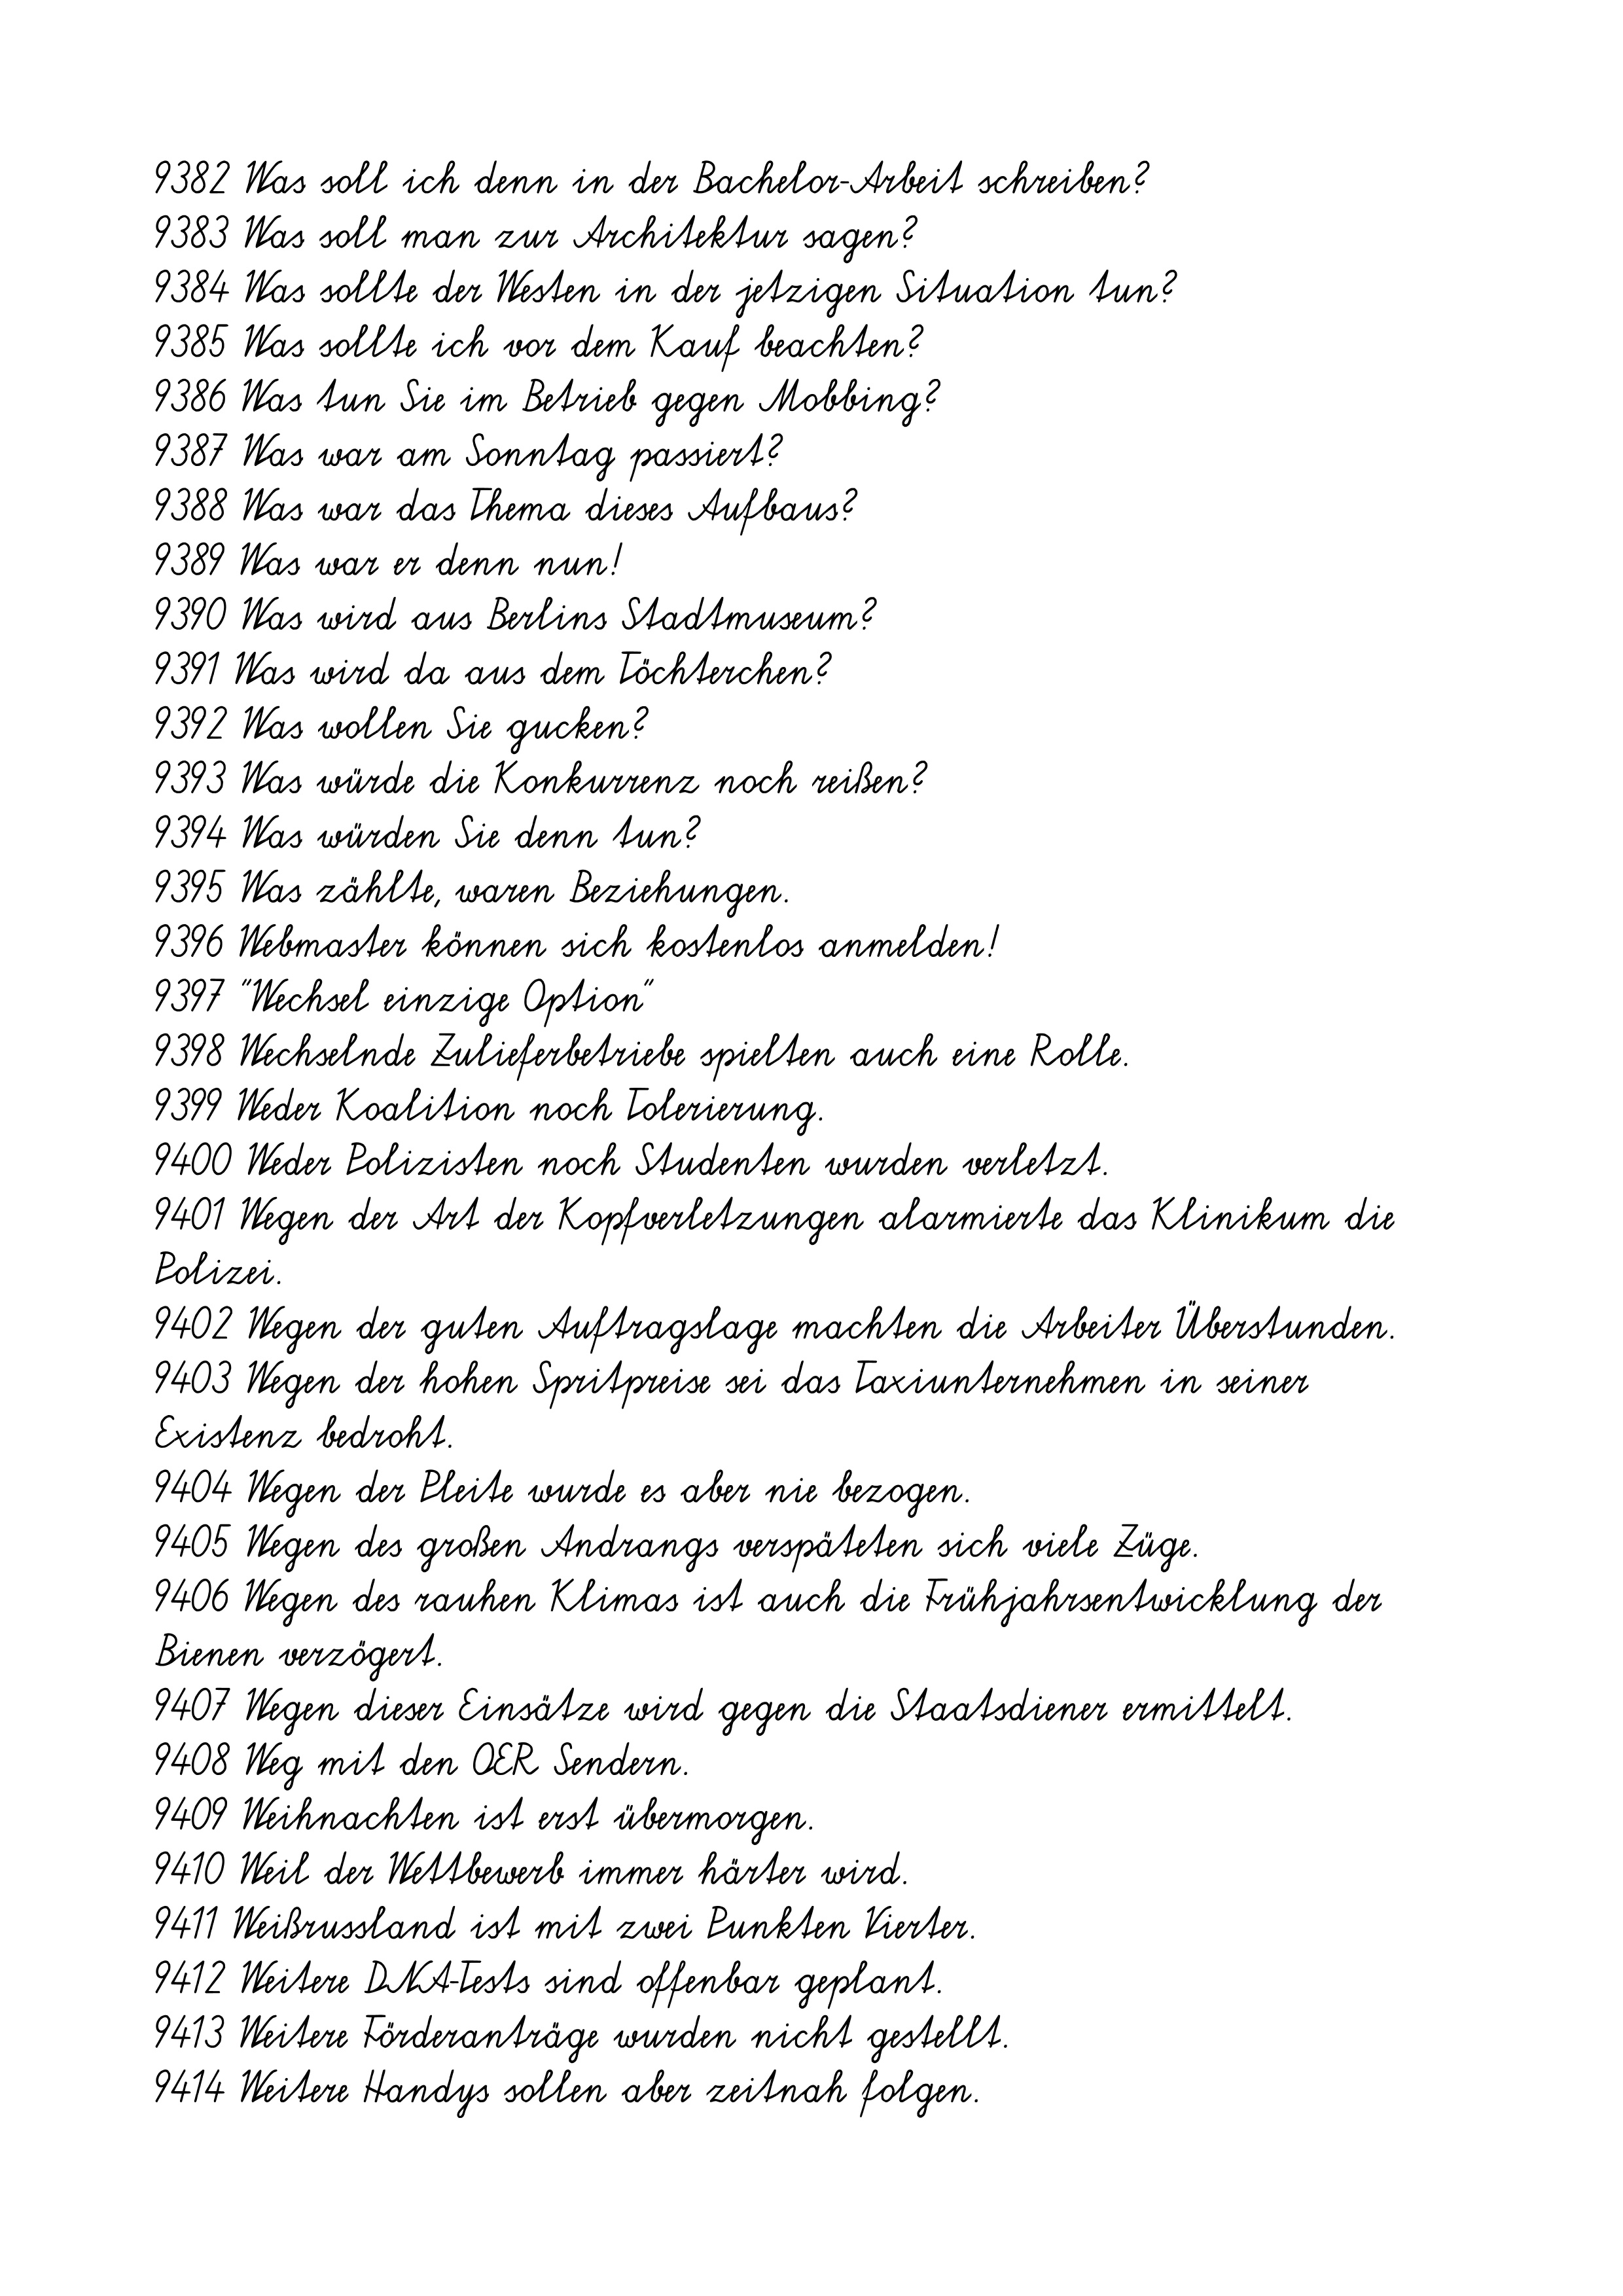
9382 Was soll ich denn in der Bachelor-Arbeit schreiben?
9383 Was soll man zur Architektur sagen?
9384 Was sollte der Westen in der jetzigen Situation tun?
9385 Was sollte ich vor dem Kauf beachten?
9386 Was tun Sie im Betrieb gegen Mobbing?
9387 Was war am Sonntag passiert?
9388 Was war das Thema dieses Aufbaus?
9389 Was war er denn nun!
9390 Was wird aus Berlins Stadtmuseum?
9391 Was wird da aus dem Töchterchen?
9392 Was wollen Sie gucken?
9393 Was würde die Konkurrenz noch reißen?
9394 Was würden Sie denn tun?
9395 Was zählte, waren Beziehungen.
9396 Webmaster können sich kostenlos anmelden!
9397 "Wechsel einzige Option"
9398 Wechselnde Zulieferbetriebe spielten auch eine Rolle.
9399 Weder Koalition noch Tolerierung.
9400 Weder Polizisten noch Studenten wurden verletzt.
9401 Wegen der Art der Kopfverletzungen alarmierte das Klinikum die
Polizei.
9402 Wegen der guten Auftragslage machten die Arbeiter Überstunden.
9403 Wegen der hohen Spritpreise sei das Taxiunternehmen in seiner
Existenz bedroht.
9404 Wegen der Pleite wurde es aber nie bezogen.
9405 Wegen des großen Andrangs verspäteten sich viele Züge.
9406 Wegen des rauhen Klimas ist auch die Frühjahrsentwicklung der
Bienen verzögert.
9407 Wegen dieser Einsätze wird gegen die Staatsdiener ermittelt.
9408 Weg mit den OER Sendern.
9409 Weihnachten ist erst übermorgen.
9410 Weil der Wettbewerb immer härter wird.
9411 Weißrussland ist mit zwei Punkten Vierter.
9412 Weitere DNA-Tests sind offenbar geplant.
9413 Weitere Förderanträge wurden nicht gestellt.
9414 Weitere Handys sollen aber zeitnah folgen.